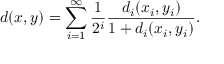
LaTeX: d ( x , y ) = \sum _ { i = 1 } ^ { \infty } { \frac { 1 } { 2 ^ { i } } } { \frac { d _ { i } ( x _ { i } , y _ { i } ) } { 1 + d _ { i } ( x _ { i } , y _ { i } ) } } .